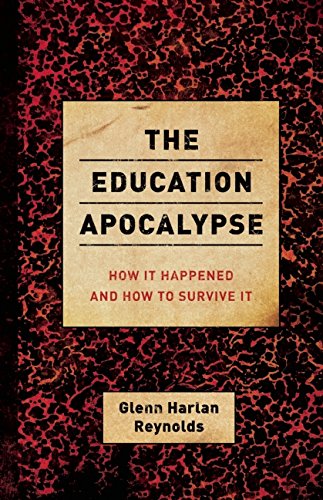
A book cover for The Education Apocalypse: How It Happened and How to Survive It; Glenn Harlan Reynolds; Education & Teaching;